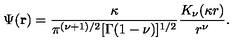
\Psi ( { \bf r } ) = \frac { \kappa } { \pi ^ { ( \nu + 1 ) / 2 } [ \Gamma ( 1 - \nu ) ] ^ { 1 / 2 } } \frac { K _ { \nu } ( \kappa r ) } { r ^ { \nu } } .